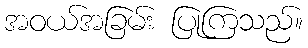
အဝယ်အခြမ်း ပြုကြသည်။